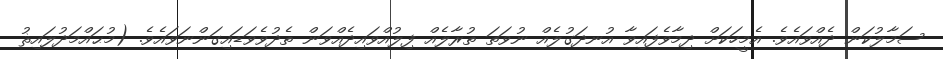
ސަމާލުކަން ދެއްވައެވެ. އެމީހަކަށް ދިމާވެފައިވާ އުނދަގުލެއް ނުވަތަ ތުރާލެއް ފިލުއްވައިދެއްވަން ތެދުވެވަޑައިގަންނަވައެވެ. (މުޙައްމަދުލައިޘު